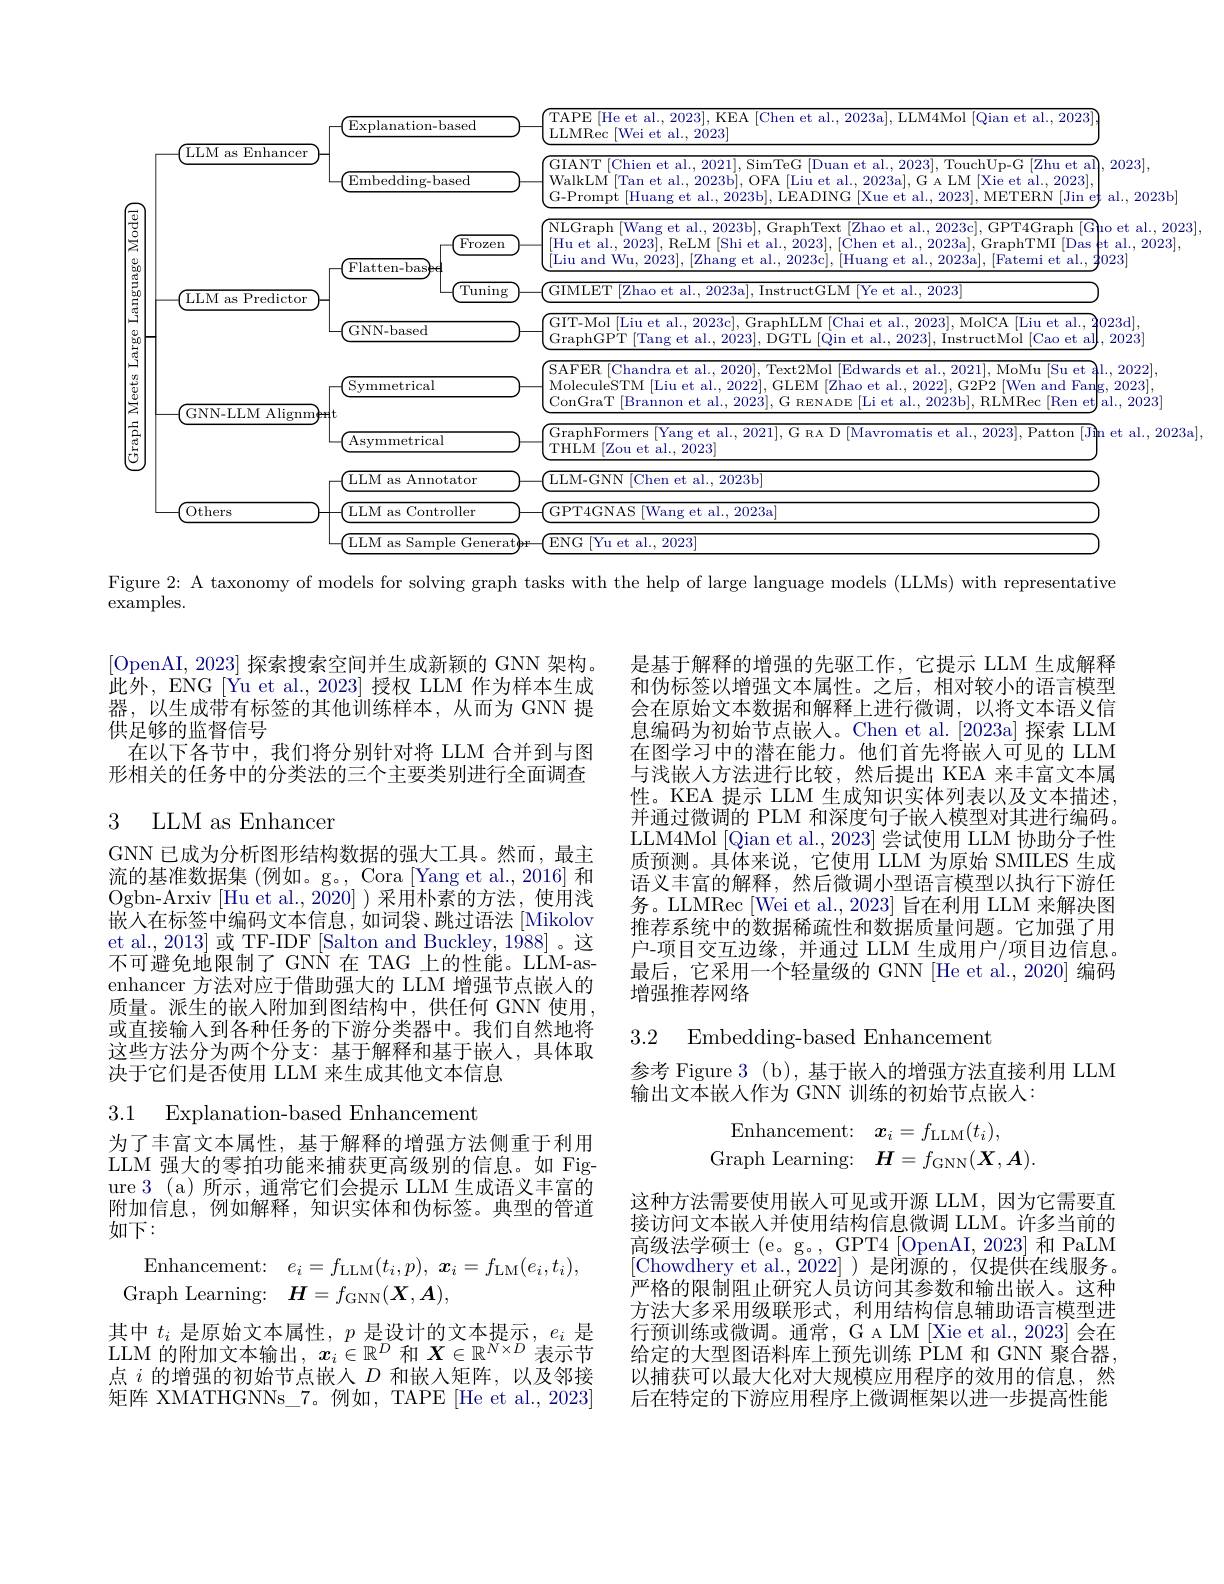
2023],
<FigureHere>
Figure $2{:\text{ A taxonomy of models for solving graph tasks with the help of large language models (LLMs) with representative}}$

${\mathrm{examples.}}$

$\left[\mathrm{OpenAI,~2023}\right]$探索搜索空间并生成新颖的 GNN 架构。${\text{此外，ENG[Yu et al.,2023]授权 LLM 作为样本生成}}$ 器，以生成带有标签的其他训练样本，从而为 GNN 提供足够的监督信号
在以下各节中，我们将分别针对将 LLM 合并到与图形相关的任务中的分类法的三个主要类别进行全面调查

### 3 LLM as Enhancer

是基于解释的增强的先驱工作，它提示 LLM 生成解释和伪标签以增强文本属性。之后，相对较小的语言模型会在原始文本数据和解释上进行微调，以将文本语义信息编码为初始节点嵌人。Chen et al.[2023a] 探索 LLM 在图学习中的潜在能力。他们首先将嵌入可见的 LLM 与浅嵌入方法进行比较，然后提出 KEA 来丰富文本属性。KEA 提示 LLM 生成知识实体列表以及文本描述， 并通过微调的 PLM 和深度句子嵌人模型对其进行编码。LLM4Mol [Qian et al., 2023] 尝试使用 LLM 协助分子性质预测。具体来说，它使用 LLM 为原始 SMILES 生成语义丰富的解释，然后微调小型语言模型以执行下游任务。LLMRec [Wei et al., 2023] 旨在利用 LLM 来解决图推荐系统中的数据稀疏性和数据质量问题。它加强了用户-项目交互边缘，并通过 LLM 生成用户/项目边信息。最后，它采用一个轻量级的 GNN [He et al., 2020] 编码增强推荐网络

GNN 已成为分析图形结构数据的强大工具。然而，最主流的基准数据集 (例如。g。, Cora [Yang et al., 2016] 和Ogbn- Arxiv [ Hu et al. , 2020] ) $\dot{\text{采 用 朴 素 的 方 法 , 使 用 浅 }}$ 嵌入在标签中编码文本信息，如词袋、跳过语法 [Mikolov et al., 2013] 或 TF-IDF [Salton and Buckley, 1988] 。这不可避免地限制了 GNN 在 TAG 上的性能。LLM-asenhancer 方法对应于借助强大的 LLM 增强节点嵌人的质量。派生的嵌入附加到图结构中，供任何 GNN 使用或直接输入到各种任务的下游分类器中。我们自然地将这些方法分为两个分支：基于解释和基于嵌人，具体取决于它们是否使用 LLM 来生成其他文本信息

3.2 Embedding-based Enhancement

参考 Figure 3 (b), 基于嵌人的增强方法直接利用 LLM
输出文本嵌人作为 GNN 训练的初始节点嵌入：

3.1 Explanation-based Enhancemen
$$\begin{array}{rl}\text{Enhancement:}&\boldsymbol{x}_i=f_{\mathrm{LLM}}(t_i),\\\text{Graph Learning:}&\boldsymbol{H}=f_{\mathrm{GNN}}(\boldsymbol{X},\boldsymbol{A}).\end{array}$$
为了丰富文本属性，基于解释的增强方法侧重于利用LLM 强大的零拍功能来捕获更高级别的信息。如 Figure 3 (a)所示，通常它们会提示 LLM 生成语义丰富的附加信息，例如解释，知识实体和伪标签。典型的管道如下：
$$\begin{aligned}\text{Enhancement:}&e_{i}=f_{\mathrm{LLM}}(t_{i},p),\:\boldsymbol{x}_{i}=f_{\mathrm{LM}}(e_{i},t_{i}),\\\text{Graph Learning:}&\boldsymbol{H}=f_{\mathrm{GNN}}(\boldsymbol{X},\boldsymbol{A}),\end{aligned}$$
其中$t_i$是原始文本属性，$p$是设计的文本提示，$e_i$是LLM 的附加文本输出，$x_i\in\mathbb{R}^D$和$X\in\mathbb{R}^N\times D$表示节点$i$的增强的初始节点嵌入$D$和嵌人矩阵，以及邻接矩阵 XMATHGNNs\_7。例如，TAPE[He et al.,2023]

这种方法需要使用嵌入可见或开源 LLM,因为它需要直接访问文本嵌入并使用结构信息微调 LLM。许多当前的高级法学硕士 (e。g。, GPT4 [OpenAI,2023] 和 PaLM [Chowdhery et al.,$\bar2022]$)是闭源的，仅提供在线服务。严格的限制阻止研究人员访问其参数和输出嵌入。这种方法大多采用级联形式，利用结构信息辅助语言模型进行预训练或微调。通常，G A LM [Xie et al., 2023] 会在给定的大型图语料库上预先训练 PLM 和 GNN 聚合器， 以捕获可以最大化对大规模应用程序的效用的信息，然后在特定的下游应用程序上微调框架以进一步提高性能